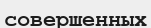
совершенных